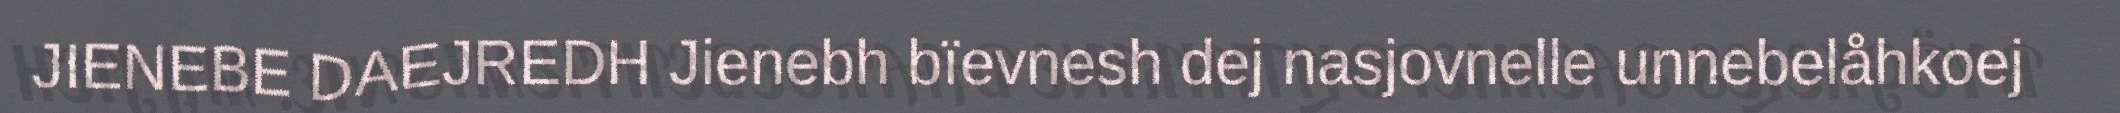
JIENEBE DAEJREDH Jienebh bïevnesh dej nasjovnelle unnebelåhkoej